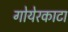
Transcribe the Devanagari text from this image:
गोयेरकाटा